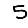
Digit: 5